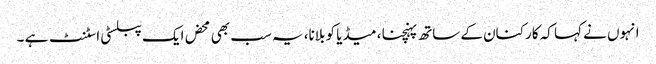
انہوں نے کہا کہ کارکنان کے ساتھ پہنچنا ، میڈیا کو بلانا، یہ سب بھی محض ایک پبلسٹی اسٹنٹ ہے ۔